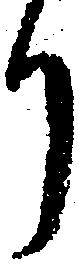
り